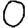
Digit: 0